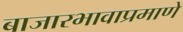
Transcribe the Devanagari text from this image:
बाजारभावाप्रमाणे